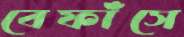
বেফাঁসে